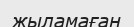
жыламаған